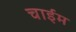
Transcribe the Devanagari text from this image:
चाईम